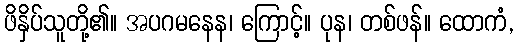
ဖိနှိပ်သူတို့၏။ အပဂမနေန၊ ကြောင့်။ ပုန၊ တစ်ဖန်။ ထောကံ,